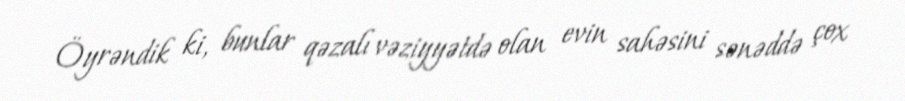
Öyrəndik ki, bunlar qəzalı vəziyyətdə olan evin sahəsini sənəddə çox